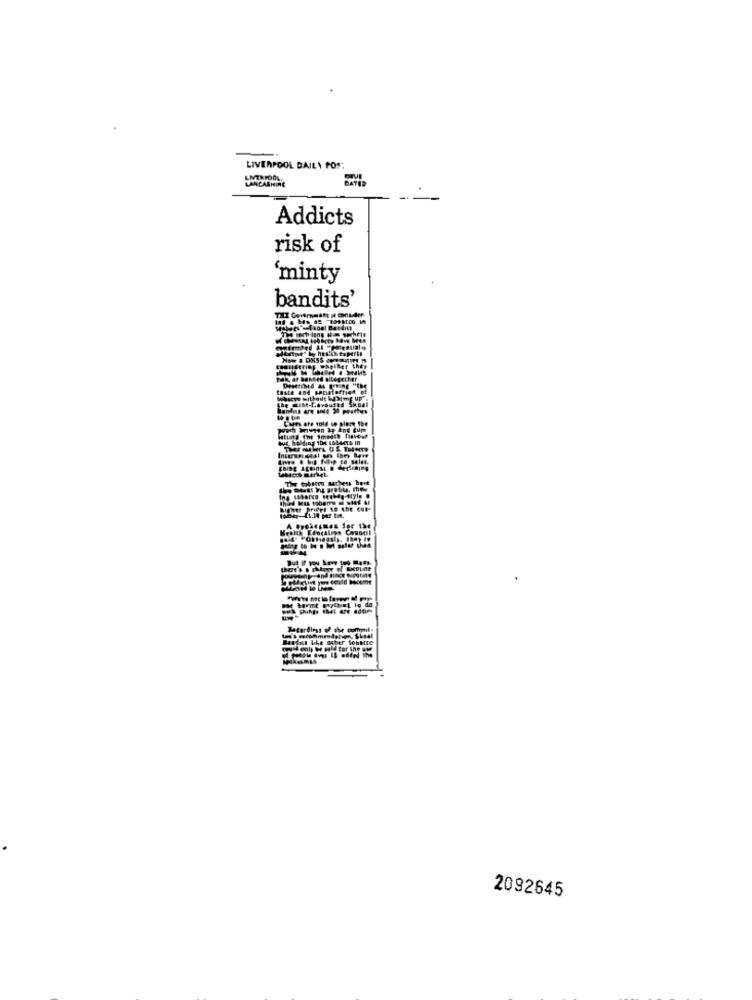
LIVERPOOL DAILY POS
Addicts
risk of
‘minty
bandits'
THE Government is consider
todiffering whether they
Fak ar bented altogether
teste and secinfectie
Chers are sold se piery IDE
Te cordless
2092645